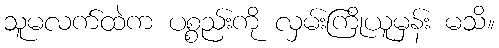
သူမလက်ထဲက ပစ္စည်းကို လှမ်းကြိုယူမှန်း မသိ။